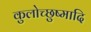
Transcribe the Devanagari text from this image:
कुलोच्छुष्मादि